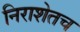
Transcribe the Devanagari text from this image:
निराशेतच